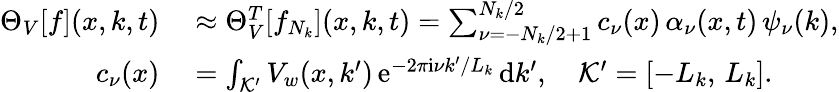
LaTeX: \begin{array}{rl}{\Theta_{V}[f](x,k,t)}&{{}\approx\Theta_{V}^{T}[f_{N_{k}}](x,k,t)=\sum_{\nu=-N_{k}/2+1}^{N_{k}/2}c_{\nu}(x)\, \alpha_{\nu}(x,t)\, \psi_{\nu}(k),}\\ {c_{\nu}(x)}&{{}=\int_{\mathcal{K^{\prime}}}V_{w}(x,k^{\prime})\, \mathrm{e}^{-2\pi\mathrm{i}\nu k^{\prime}/L_{k}}\, \mathrm{d}k^{\prime},\quad\mathcal{K^{\prime}}=[-L_{k},\, L_{k}].}\end{array}